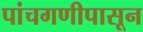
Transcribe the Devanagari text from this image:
पांचगणीपासून